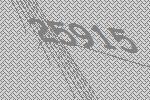
25915